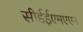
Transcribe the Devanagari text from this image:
सीईईएमएएन